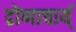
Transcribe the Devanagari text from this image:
द्रोणाचार्य्